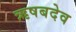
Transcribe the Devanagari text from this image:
ऋषबदेव